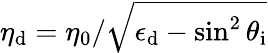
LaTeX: \eta_{\mathrm{d}}=\eta_{0}/\sqrt{\epsilon_{\mathrm{d}}-\sin^{2}\theta_{\mathrm{i}}}